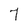
Character: 7